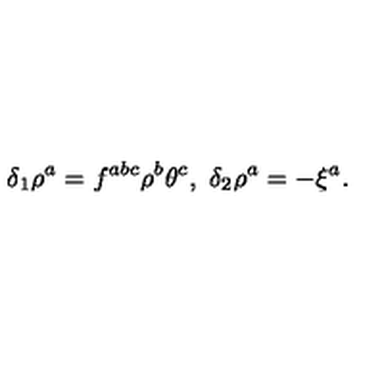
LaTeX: \delta _ { 1 } \rho ^ { a } = f ^ { a b c } \rho ^ { b } \theta ^ { c } , \ \delta _ { 2 } \rho ^ { a } = - \xi ^ { a } .